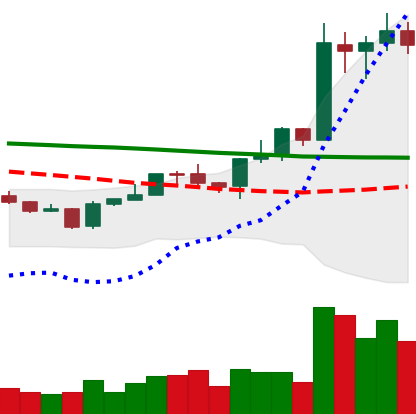
Ticker: EOS-USD
Chart end date: 2020-01-18
Forward return: -6.36%
Label: down_5_7